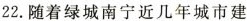
22.随着绿城南宁近几年城市建